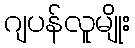
ဂျပန်လူမျိုး